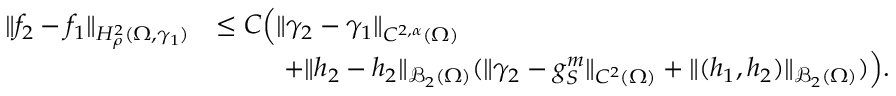
\begin{array} { r l } { \| f _ { 2 } - f _ { 1 } \| _ { H _ { \rho } ^ { 2 } ( \Omega , \gamma _ { 1 } ) } } & { \leq C \Big ( \| \gamma _ { 2 } - \gamma _ { 1 } \| _ { C ^ { 2 , \alpha } ( \Omega ) } } \\ & { \; \; \qquad + \| h _ { 2 } - h _ { 2 } \| _ { \mathcal B _ { 2 } ( \Omega ) } ( \| \gamma _ { 2 } - g _ { S } ^ { m } \| _ { C ^ { 2 } ( \Omega ) } + \| ( h _ { 1 } , h _ { 2 } ) \| _ { \mathcal B _ { 2 } ( \Omega ) } ) \Big ) . } \end{array}